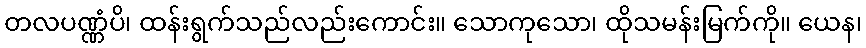
တလပဏ္ဏံပိ၊ ထန်းရွက်သည်လည်းကောင်း။ သောကုသော၊ ထိုသမန်းမြက်ကို။ ယေန၊